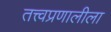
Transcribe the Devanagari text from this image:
तत्त्वप्रणालीला